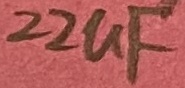
Text: 22uF